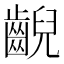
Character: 齯